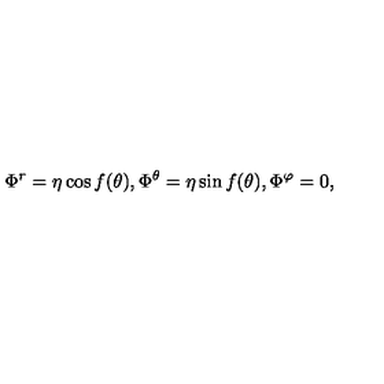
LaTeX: \Phi ^ { r } = \eta \cos f ( \theta ) , \Phi ^ { \theta } = \eta \sin f ( \theta ) , \Phi ^ { \varphi } = 0 ,